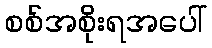
စစ်အစိုးရအပေါ်